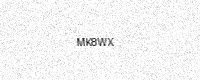
Text: MK8WX